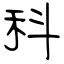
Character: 科